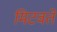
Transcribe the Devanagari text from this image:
मिटवते